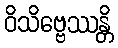
ဝိသိဗ္ဗေဿန္တိ